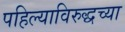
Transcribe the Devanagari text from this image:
पहिल्याविरुद्धच्या